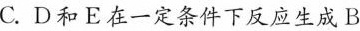
C.D和E在一定条件下反应生成B